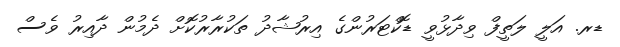
ޑރ. އަލީ ލަތީފް ވިދާޅުވީ ޑޮކްޓަރުންގެ އިރުޝާދު ތަކުރާރުކޮށް ދެމުން ދާއިރު ވެސް